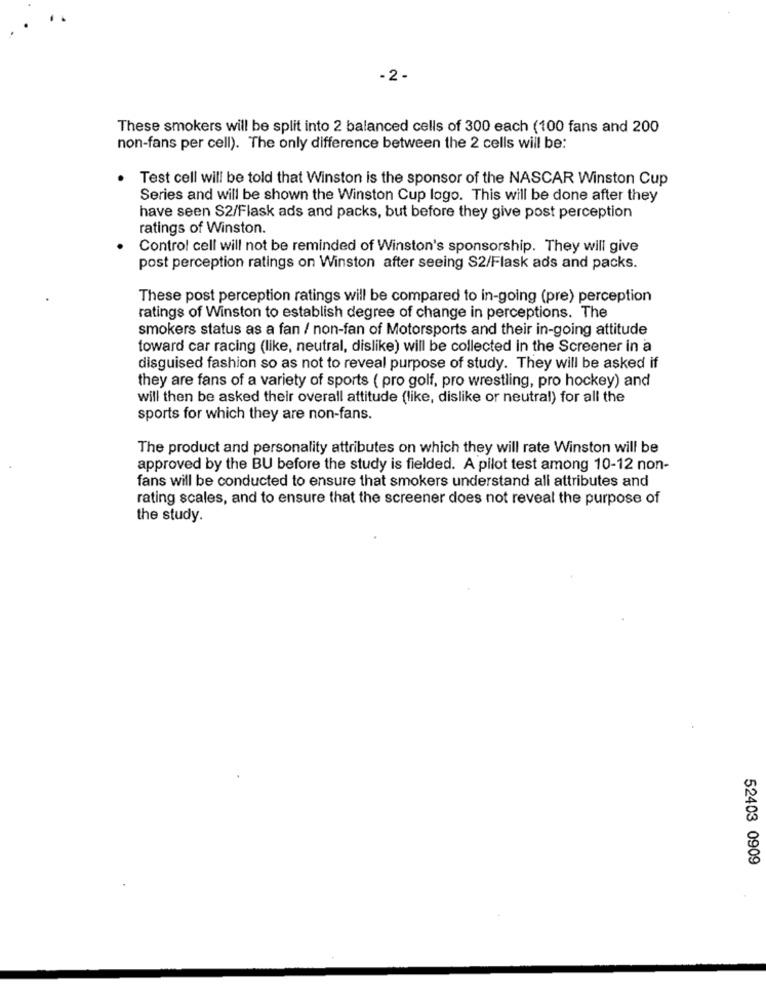
-2-
These smokers will be split into 2 balanced cells of 300 each (100 fans and 200
non-fans per cell). The only difference between the 2 cells will be:
Test cell will be told that Winston is the sponsor of the NASCAR Winston Cup
Series and will be shown the Winston Cup logo. This will be done after they
have seen S2/Flask ads and packs, but before they give post perception
ratings of Winston.
Control cell will not be reminded of Winston's sponsorship. They will give
post perception ratings on Winston after seeing S2/Flask ads and packs.
These post perception ratings will be compared to in-going (pre) perception
ratings of Winston to establish degree of change in perceptions. The
smokers status as a fan / non-fan of Motorsports and their in-going attitude
toward car racing (like, neutral, dislike) will be collected in the Screener in a
disguised fashion so as not to reveal purpose of study. They will be asked if
they are fans of a variety of sports ( pro golf, pro wrestling, pro hockey) and
will then be asked their overall attitude (like, dislike or neutral) for all the
sports for which they are non-fans.
The product and personality attributes on which they will rate Winston will be
approved by the BU before the study is fielded. A pilot test among 10-12 non-
fans will be conducted to ensure that smokers understand all attributes and
rating scales, and to ensure that the screener does not reveal the purpose of
the study.
52403 0909